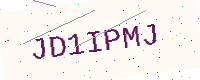
Text: JD1IPMJ